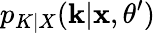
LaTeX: p_{K|X}(\mathbf k|\mathbf x,\theta^{\prime})